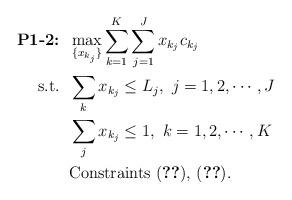
LaTeX: \begin{align*}\mbox{\textbf{P1-2:}} &\;\; \max_{\{x_{k_j}\}} \sum_{k=1}^K\sum_{j=1}^J {x_{k_j}c_{k_j}} \\\mbox{s.t.} &\;\; \sum_k x_{k_j} \leq L_j,~j=1,2,\cdots,J \\ &\;\; \sum_j x_{k_j} \leq 1,~k=1,2,\cdots,K \\ &\;\; \mbox{Constraints (\ref{eqn:mmhn95}),~(\ref{eqn:mmhn80})}. \end{align*}